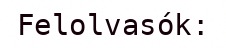
Felolvasók: